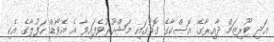
އަދި ޓޫރިޒަމް ދާއިރާގެ އޮސްކާގެ ގޮތުގައި މަޝްހޫރުވެފައިވާ އެ އެވޯޑް ހަފުލާގެ އެކި